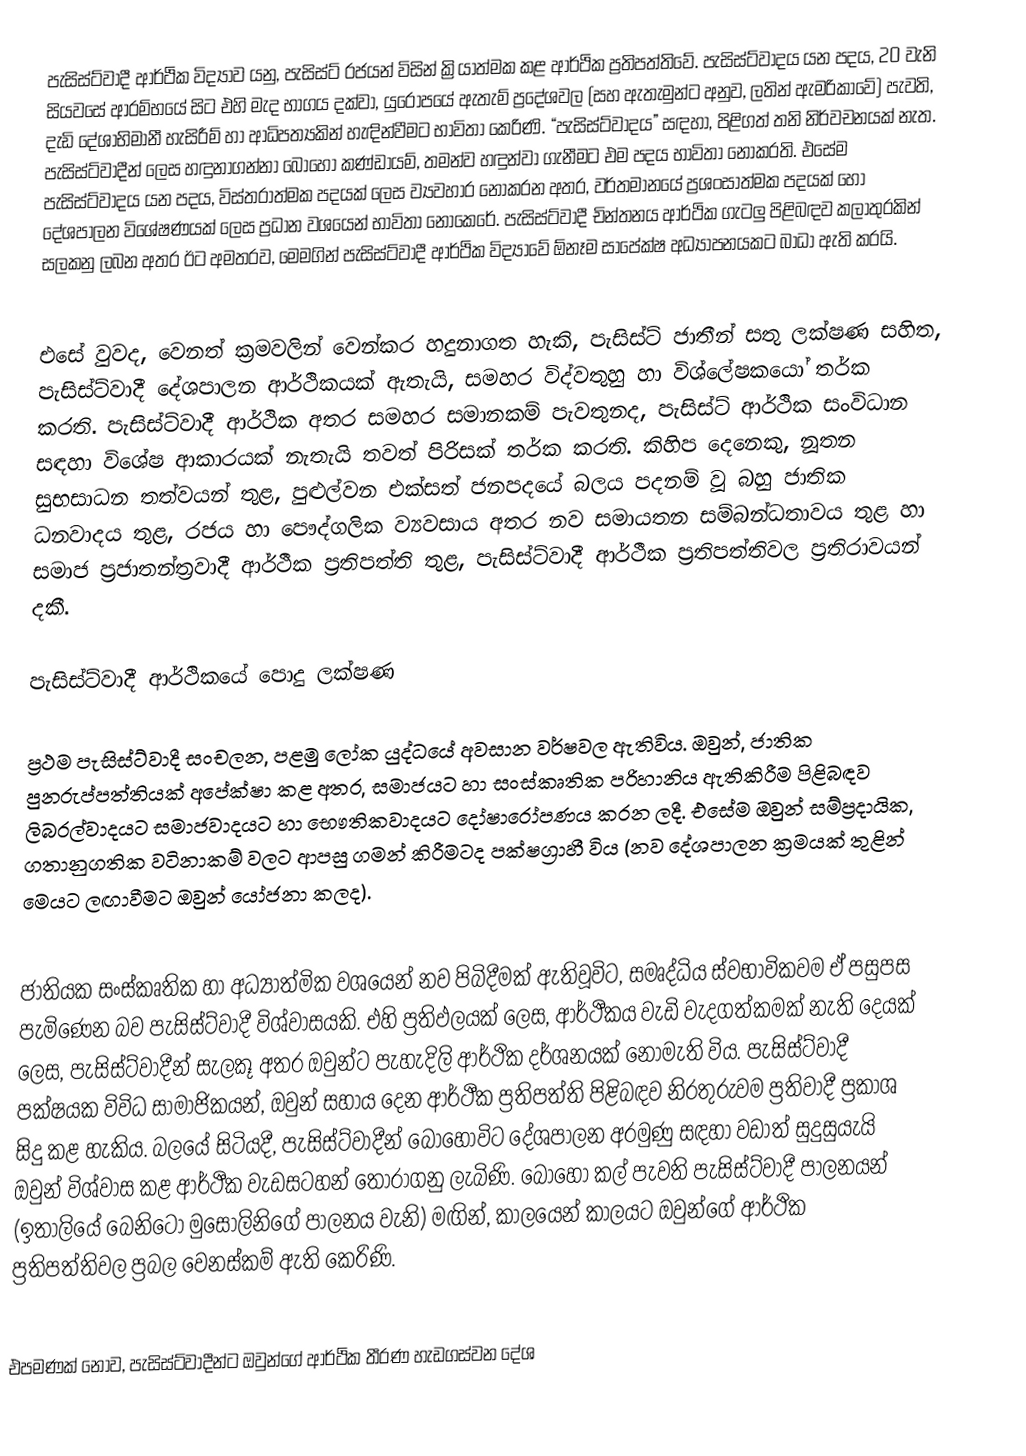
පැසිස්ට්වාදී ආර්ථික විද්‍යාව යනු, පැසිස්ට් රජයන් විසින් ක්‍රියාත්මක කළ ආර්ථික ප්‍රතිපත්තිවේ. පැසිස්ට්වාදය යන පදය, 20 වැනි සියවසේ ආරම්භයේ සිට එහි මැද භාගය දක්වා, යුරෝපයේ ඇතැම් ප්‍රදේශවල (සහ ඇතැමුන්ට අනුව, ලතින් ඇමරිකාවේ) පැවති, දැඩි දේශාභිමානී හැසිරීම් හා ආධිපත්‍යකින් හැඳින්වීමට භාවිතා කෙරිණි. “පැසිස්ට්වාදය” සඳහා, පිළිගත් තනි නිර්වචනයක් නැත. පැසිස්ට්වාදීන් ලෙස හඳුනාගන්නා බොහෝ කණ්ඩායම්, තමන්ව හඳුන්වා ගැනීමට එම පදය භාවිතා නොකරති. එසේම පැසිස්ට්වාදය යන පදය, විස්තරාත්මක පදයක් ලෙස ව්‍යවහාර නොකරන අතර, වර්තමානයේ ප්‍රශංසාත්මක පදයක් හෝ දේශපාලන විශේෂණයක් ලෙස ප්‍රධාන වශයෙන් භාවිතා නොකෙරේ. පැසිස්ට්වාදී චින්තනය ආර්ථික ගැටලු පිළිබඳව කලාතුරකින් සලකනු ලබන අතර ඊට අමතරව, මෙමගින් පැසිස්ට්වාදී ආර්ථික විද්‍යාවේ ඕනෑම සාපේක්ෂ අධ්‍යාපනයකට බාධා ඇති කරයි.

එසේ වුවද, වෙනත් ක්‍රමවලින් වෙන්කර හදුනාගත හැකි, පැසිස්ට් ජාතීන් සතු ලක්ෂණ සහිත, පැසිස්ට්වාදී දේශපාලන ආර්ථිකයක් ඇතැයි, සමහර විද්වතුහු හා විශ්ලේෂකයෝ තර්ක කරති. පැසිස්ට්වාදී ආර්ථික අතර සමහර සමානකම් පැවතුනද, පැසිස්ට් ආර්ථික සංවිධාන සඳහා විශේෂ ආකාරයක් නැතැයි තවත් පිරිසක් තර්ක කරති. කිහිප දෙනෙකු, නූතන සුභසාධන තත්වයන් තුළ, පුළුල්වන එක්සත් ජනපදයේ බලය පදනම් වූ බහු ජාතික ධනවාදය තුළ, රජය හා පෞද්ගලික ව්‍යවසාය අතර නව සමායතන සම්බන්ධතාවය තුළ හා සමාජ ප්‍රජාතන්ත්‍රවාදී ආර්ථීක ප්‍රතිපත්ති තුළ, පැසිස්ට්වාදී ආර්ථීක ප්‍රතිපත්තිවල ප්‍රතිරාවයන් දකී.

පැසිස්ට්වාදී ආර්ථිකයේ පොදු ලක්ෂණ

ප්‍රථම පැසිස්ට්වාදී සංචලන, පළමු ලෝක යුද්ධයේ අවසාන වර්ෂවල ඇතිවිය. ඔවුන්, ජාතික පුනරුප්පත්තියක් අපේක්ෂා කළ අතර, සමාජයට හා සංස්කෘතික පරිහානිය ඇතිකිරීම පිළිබඳව ලිබරල්වාදයට සමාජවාදයට හා භෞතිකවාදයට දෝෂාරෝපණය කරන ලදී. එසේම ඔවුන්  සම්ප්‍රදායික, ගතානුගතික වටිනාකම් වලට ආපසු ගමන් කිරීමටද පක්ෂග්‍රාහී විය (නව දේශපාලන ක්‍රමයක් තුළින් මෙයට ලඟාවීමට ඔවුන් යෝජනා කලද).

ජාතියක සංස්කෘතික හා අධ්‍යාත්මික වශයෙන් නව පිබිදීමක් ඇතිවූවිට, සමෘද්ධිය ස්වභාවිකවම ඒ පසුපස පැමිණෙන බව පැසිස්ට්වාදී විශ්වාසයකි. එහි ප්‍රතිඵලයක් ලෙස, ආර්ථීකය වැඩි වැදගත්කමක් නැති දෙයක් ලෙස, පැසිස්ට්වාදීන් සැලකූ අතර ඔවුන්ට පැහැදිලි ආර්ථික දර්ශනයක් නොමැති විය. පැසිස්ට්වාදී පක්ෂයක විවිධ සාමාජිකයන්, ඔවුන් සහාය දෙන ආර්ථීක ප්‍රතිපත්ති පිළිබඳව නිරතුරුවම ප්‍රතිවාදී ප්‍රකාශ සිදු කළ හැකිය. බලයේ සිටියදී, පැසිස්ට්වාදීන් බොහෝවිට දේශපාලන අරමුණු සඳහා වඩාත් සුදුසුයැයි ඔවුන් විශ්වාස කළ ආර්ථීක වැඩසටහන් තෝරාගනු ලැබිණි. බොහෝ කල් පැවති පැසිස්ට්වාදී පාලනයන් (ඉතාලියේ බෙනිටෝ මුසෝලිනිගේ පාලනය වැනි) මඟින්, කාලයෙන් කාලයට ඔවුන්ගේ ආර්ථික ප්‍රතිපත්තිවල ප්‍රබල වෙනස්කම් ඇති කෙරිණි.

එපමණක් නොව, පැසිස්ට්වාදීන්ට ඔවුන්ගේ ආර්ථික තීරණ හැඩගස්වන දේශ